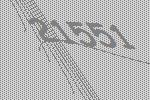
21551